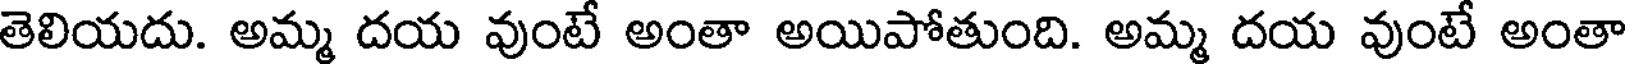
తెలియదు. అమ్మ దయ వుంటే అంతా అయిపోతుంది. అమ్మ దయ వుంటే అంతా